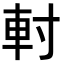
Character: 𨊭